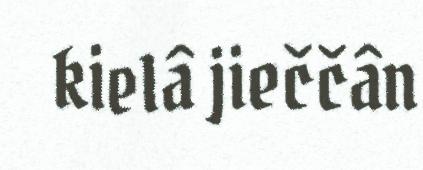
kielâ jieččân